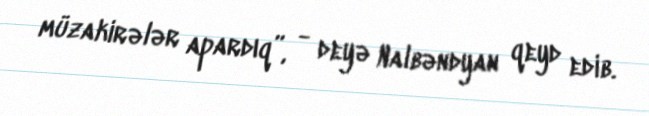
müzakirələr apardıq”, - deyə Nalbəndyan qeyd edib.